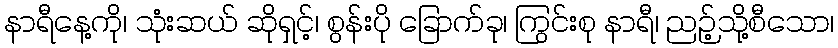
နာရီနေ့ကို၊ သုံးဆယ် ဆိုရှင့်၊ စွန်းပို ခြောက်ခု၊ ကြွင်းစု နာရီ၊ ညဉ့်သို့စီသော၊